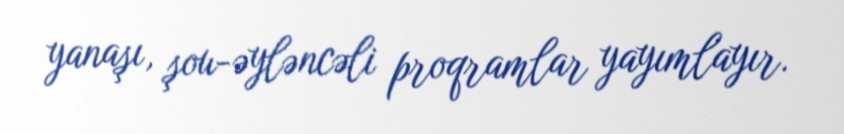
yanaşı, şou-əyləncəli proqramlar yayımlayır.